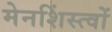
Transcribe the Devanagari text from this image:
मेनशिंस्त्वों